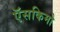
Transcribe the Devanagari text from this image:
ऍसकिमो